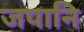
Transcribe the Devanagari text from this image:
जपानि